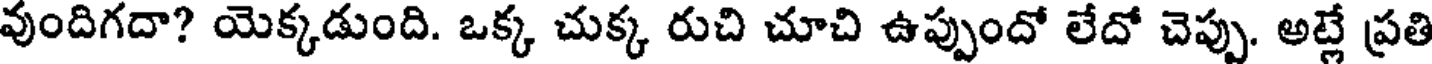
వుందిగదా? యెక్కడుంది. ఒక్క చుక్క రుచి చూచి ఉప్పుందో లేదో చెప్పు. అట్లే ప్రతి